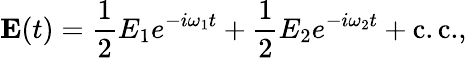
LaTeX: \mathbf{E}(t)={\frac{1}{2}}E_{1}e^{-i\omega_{1}t}+{\frac{1}{2}}E_{2}e^{-i\omega_{2}t}+{\mathrm{c.c.}},